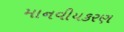
માનવીયકરણ